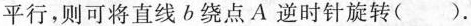
平行，则可将直线b绕点A逆时针旋转( ).